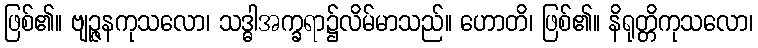
ဖြစ်၏။ ဗျဉ္ဇနကုသလော၊ သဒ္ဓါအက္ခရာ၌လိမ်မာသည်။ ဟောတိ၊ ဖြစ်၏။ နိရုတ္တိကုသလော၊